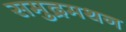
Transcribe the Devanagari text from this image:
समुद्रमथन